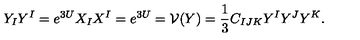
Y _ { I } Y ^ { I } = e ^ { 3 U } X _ { I } X ^ { I } = e ^ { 3 U } = \mathcal { V } ( Y ) = \frac 1 3 C _ { I J K } Y ^ { I } Y ^ { J } Y ^ { K } .